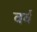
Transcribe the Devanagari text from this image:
वर्व